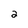
Character: 2